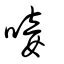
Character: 唼